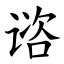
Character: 谘